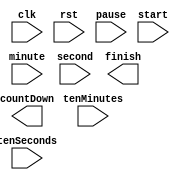
module Microwave(clk, rst, tenMinutes, minute, tenSeconds, second, pause, start, countDown, finish);
    input clk;
    input rst;
    input tenMinutes;
    input minute;
    input tenSeconds;
    input second;
    input pause;
    input start;
    output [9:0] countDown;
    output       finish;
endmodule